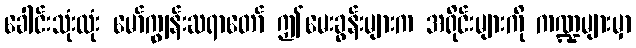
ခေါင်းသုံးလုံး မော်ကျွန်းဆရာတော် ဤမေးခွန်းများက အရိုင်းများကို ကဏ္ဍများမှာ